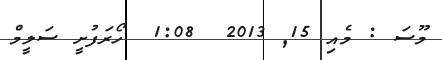
މޫސަ : މެއި 15